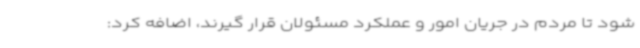
شود تا مردم در جریان امور و عملکرد مسئولان قرار گیرند، اضافه کرد: